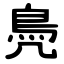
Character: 鳧